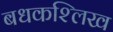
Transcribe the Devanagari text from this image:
बधकश्लिख